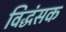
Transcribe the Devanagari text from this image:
विद्धंसक